Scottish Certificate of Education, 1962
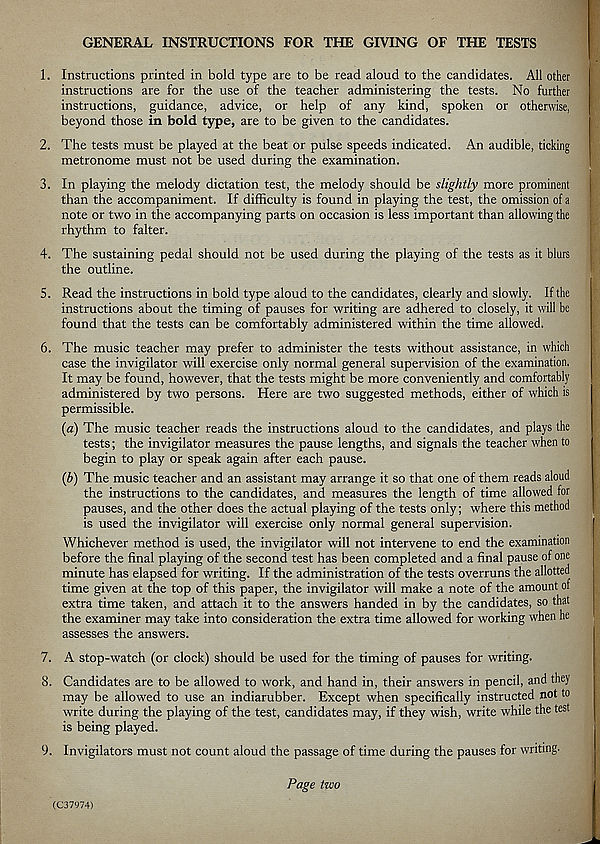
GENERAL INSTRUCTIONS FOR THE GIVING OF THE TESTS
1. Instructions printed in bold type are to be read aloud to the candidates. All other
instructions are for the use of the teacher administering the tests. No further
instructions, guidance, advice, or help of any kind, spoken or otherwise,
beyond those in bold type, are to be given to the candidates.
2. The tests must be played at the beat or pulse speeds indicated. An audible, ticking
metronome must not be used during the examination.
3. In playing the melody dictation test, the melody should be slightly more prominent
than the accompaniment. If difficulty is found in playing the test, the omission of a
note or two in the accompanying parts on occasion is less important than allowing the
rhythm to falter.
4. The sustaining pedal should not be used during the playing of the tests as it blurs
the outline.
5. Read the instructions in bold type aloud to the candidates, clearly and slowly. If the
instructions about the timing of pauses for writing are adhered to closely, it will be
found that the tests can be comfortably administered within the time allowed.
6. The music teacher may prefer to administer the tests without assistance, in which
case the invigilator will exercise only normal general supervision of the examination.
It may be found, however, that the tests might be more conveniently and comfortably
administered by two persons. Here are two suggested methods, either of which is
permissible.
(a) The music teacher reads the instructions aloud to the candidates, and plays the
tests; the invigilator measures the pause lengths, and signals the teacher when to
begin to play or speak again after each pause.
(b) The music teacher and an assistant may arrange it so that one of them reads aloud
the instructions to the candidates, and measures the length of time allowed for
pauses, and the other does the actual playing of the tests only; where this method
is used the invigilator will exercise only normal general supervision.
Whichever method is used, the invigilator will not intervene to end the examination
before the final playing of the second test has been completed and a final pause of one
minute has elapsed for writing. If the administration of the tests overruns the allotted
time given at the top of this paper, the invigilator will make a note of the amount of
extra time taken, and attach it to the answers handed in by the candidates, so that
the examiner may take into consideration the extra time allowed for working when he
assesses the answers.
7. A stop-watch (or clock) should be used for the timing of pauses for writing.
8. Candidates are to be allowed to work, and hand in, their answers in pencil, and they
may be allowed to use an indiarubber. Except when specifically instructed not to
write during the playing of the test, candidates may, if they wish, write while the test
is being played.
9. Invigilators must not count aloud the passage of time during the pauses for writing.
Page two
(C37974)